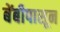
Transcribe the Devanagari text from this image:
बेंबीपासून